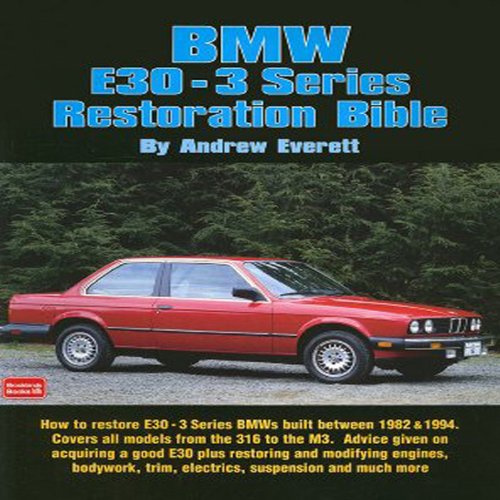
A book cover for BMW E30 - 3 Series Restoration Bible (Brooklands Books); Andrew Everett; Engineering & Transportation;